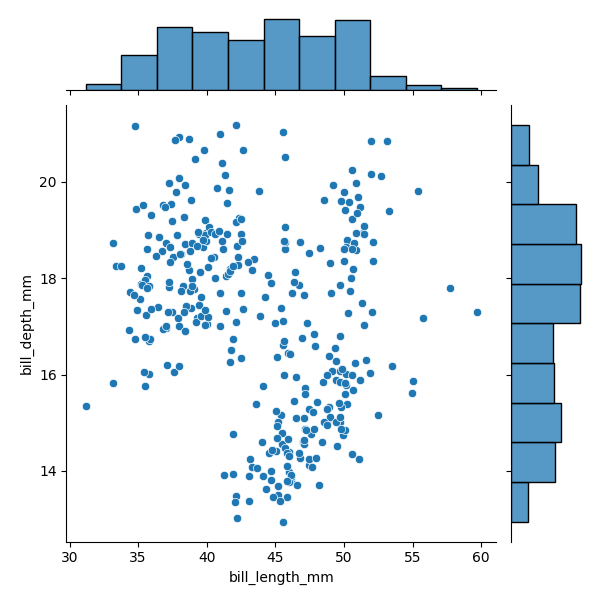
python, seaborn, JointGrid, scatterplot, histplot